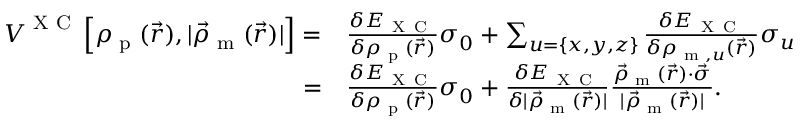
\begin{array} { r l } { \boldsymbol { V } ^ { \textrm { X C } } \left[ \rho _ { \textrm { p } } ( \vec { r } ) , | \vec { \rho } _ { \textrm { m } } ( \vec { r } ) | \right] = } & { { } \frac { \delta E _ { \mathrm { ~ X ~ C ~ } } } { \delta \rho _ { \textrm { p } } ( \vec { r } ) } \boldsymbol { \sigma } _ { 0 } + \sum _ { u = \{ x , y , z \} } \frac { \delta E _ { \mathrm { ~ X ~ C ~ } } } { \delta \rho _ { \textrm { m } , u } ( \vec { r } ) } \boldsymbol { \sigma } _ { u } } \\ { = } & { { } \frac { \delta E _ { \mathrm { ~ X ~ C ~ } } } { \delta \rho _ { \textrm { p } } ( \vec { r } ) } \boldsymbol { \sigma } _ { 0 } + \frac { \delta E _ { \mathrm { ~ X ~ C ~ } } } { \delta | \vec { \rho } _ { \textrm { m } } ( \vec { r } ) | } \frac { \vec { \rho } _ { \textrm { m } } ( \vec { r } ) \cdot \vec { \boldsymbol { \sigma } } } { | \vec { \rho } _ { \textrm { m } } ( \vec { r } ) | } . } \end{array}